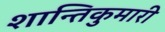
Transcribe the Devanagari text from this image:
शान्तिकुमारी